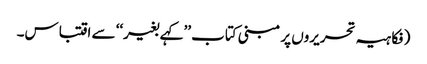
(فکاہیہ تحریروں پر مبنی کتاب ’’کہے بغیر‘‘ سے اقتباس۔